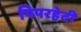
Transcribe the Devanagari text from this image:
पिपरहेटी